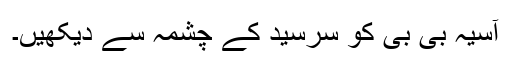
آسیہ بی بی کو سرسید کے چشمہ سے دیکھیں۔